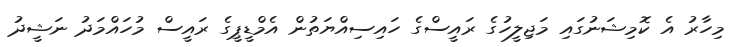
މިހާރު އެ ކޮމިޝަނުގައި މަޖިލީހުގެ ރައީސްގެ ހައިސިއްޔަތުން އެމްޑީޕީގެ ރައީސް މުހައްމަދު ނަޝީދު